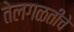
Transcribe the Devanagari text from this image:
तेलगळतीचे